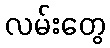
လမ်းတွေ